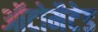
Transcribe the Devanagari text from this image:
ऑटोमैटेड